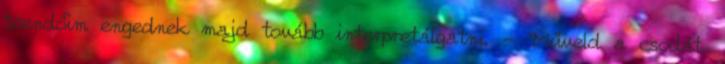
teendőim engednek majd tovább interpretálgatni. - "Műveld a csodát,